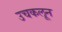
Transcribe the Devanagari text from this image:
उचकलून